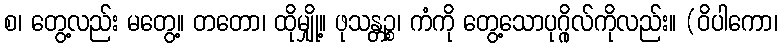
စ၊ တွေ့လည်း မတွေ့။ တတော၊ ထိုမျှို့။ ဖုသန္တဉ္စ၊ ကံကို တွေ့သောပုဂ္ဂိုလ်ကိုလည်း။ (ဝိပါကော၊